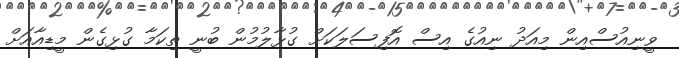
ވީނިއުސްއިން މިއަދު ނިއުގެ އިސް އޮފިސަލަކަށް ގުޅާލުމުން ބުނީ ތިކަމާ ގުޅިގެން މީޑިއާއަށް